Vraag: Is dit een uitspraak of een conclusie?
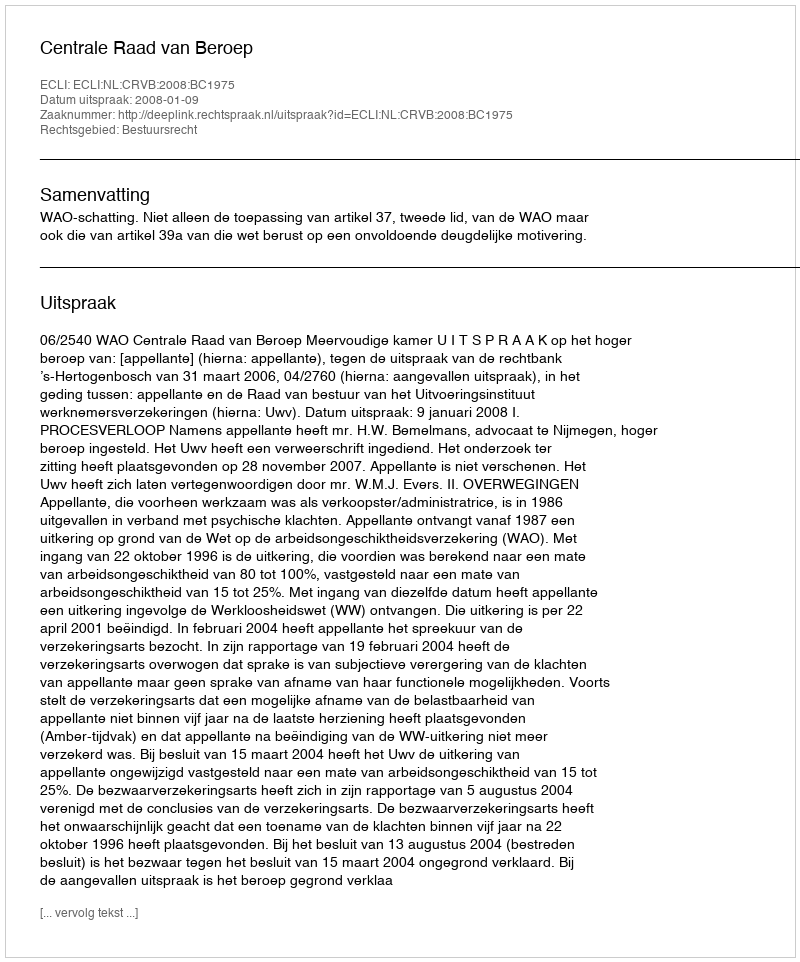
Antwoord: Uitspraak